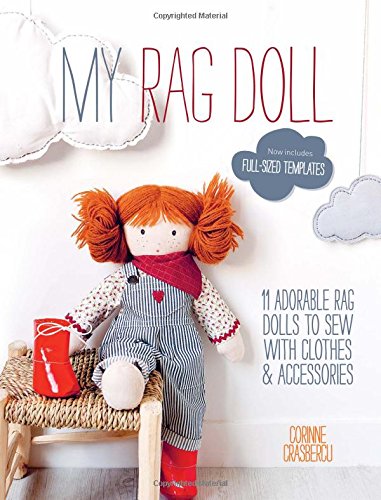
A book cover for My Rag Doll: 11 Dolls with Clothes and Accessories to Sew; Corinne Crasbercu; Crafts, Hobbies & Home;